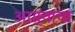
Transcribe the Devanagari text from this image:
आग्र्याचा